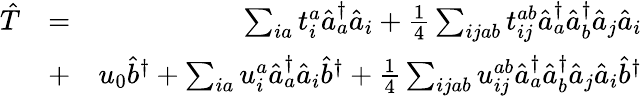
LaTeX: \begin{array}{rlr}{\hat{T}}&{=}&{\sum_{ia}t_{i}^{a}\hat{a}_{a}^{\dagger}\hat{a}_{i}+\frac{1}{4}\sum_{ijab}t_{ij}^{ab}\hat{a}_{a}^{\dagger}\hat{a}_{b}^{\dagger}\hat{a}_{j}\hat{a}_{i}}\\ &{+}&{u_{0}\hat{b}^{\dagger}+\sum_{ia}u_{i}^{a}\hat{a}_{a}^{\dagger}\hat{a}_{i}\hat{b}^{\dagger}+\frac{1}{4}\sum_{ijab}u_{ij}^{ab}\hat{a}_{a}^{\dagger}\hat{a}_{b}^{\dagger}\hat{a}_{j}\hat{a}_{i}\hat{b}^{\dagger}}\end{array}